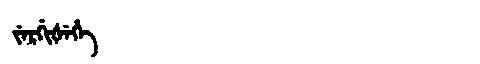
Manchu: ᠵᡝᡵᡤᡳᡧᡝᡥᡝ
Romanization: JERGIŠEHE